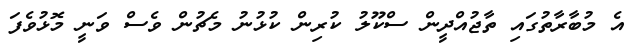
އެ މުބާރާތުގައި ތާޖުއްދީން ސްކޫލު ކުރިން ކުޅުނު މެޗުން ވެސް ވަނީ މޮޅުވެފަ